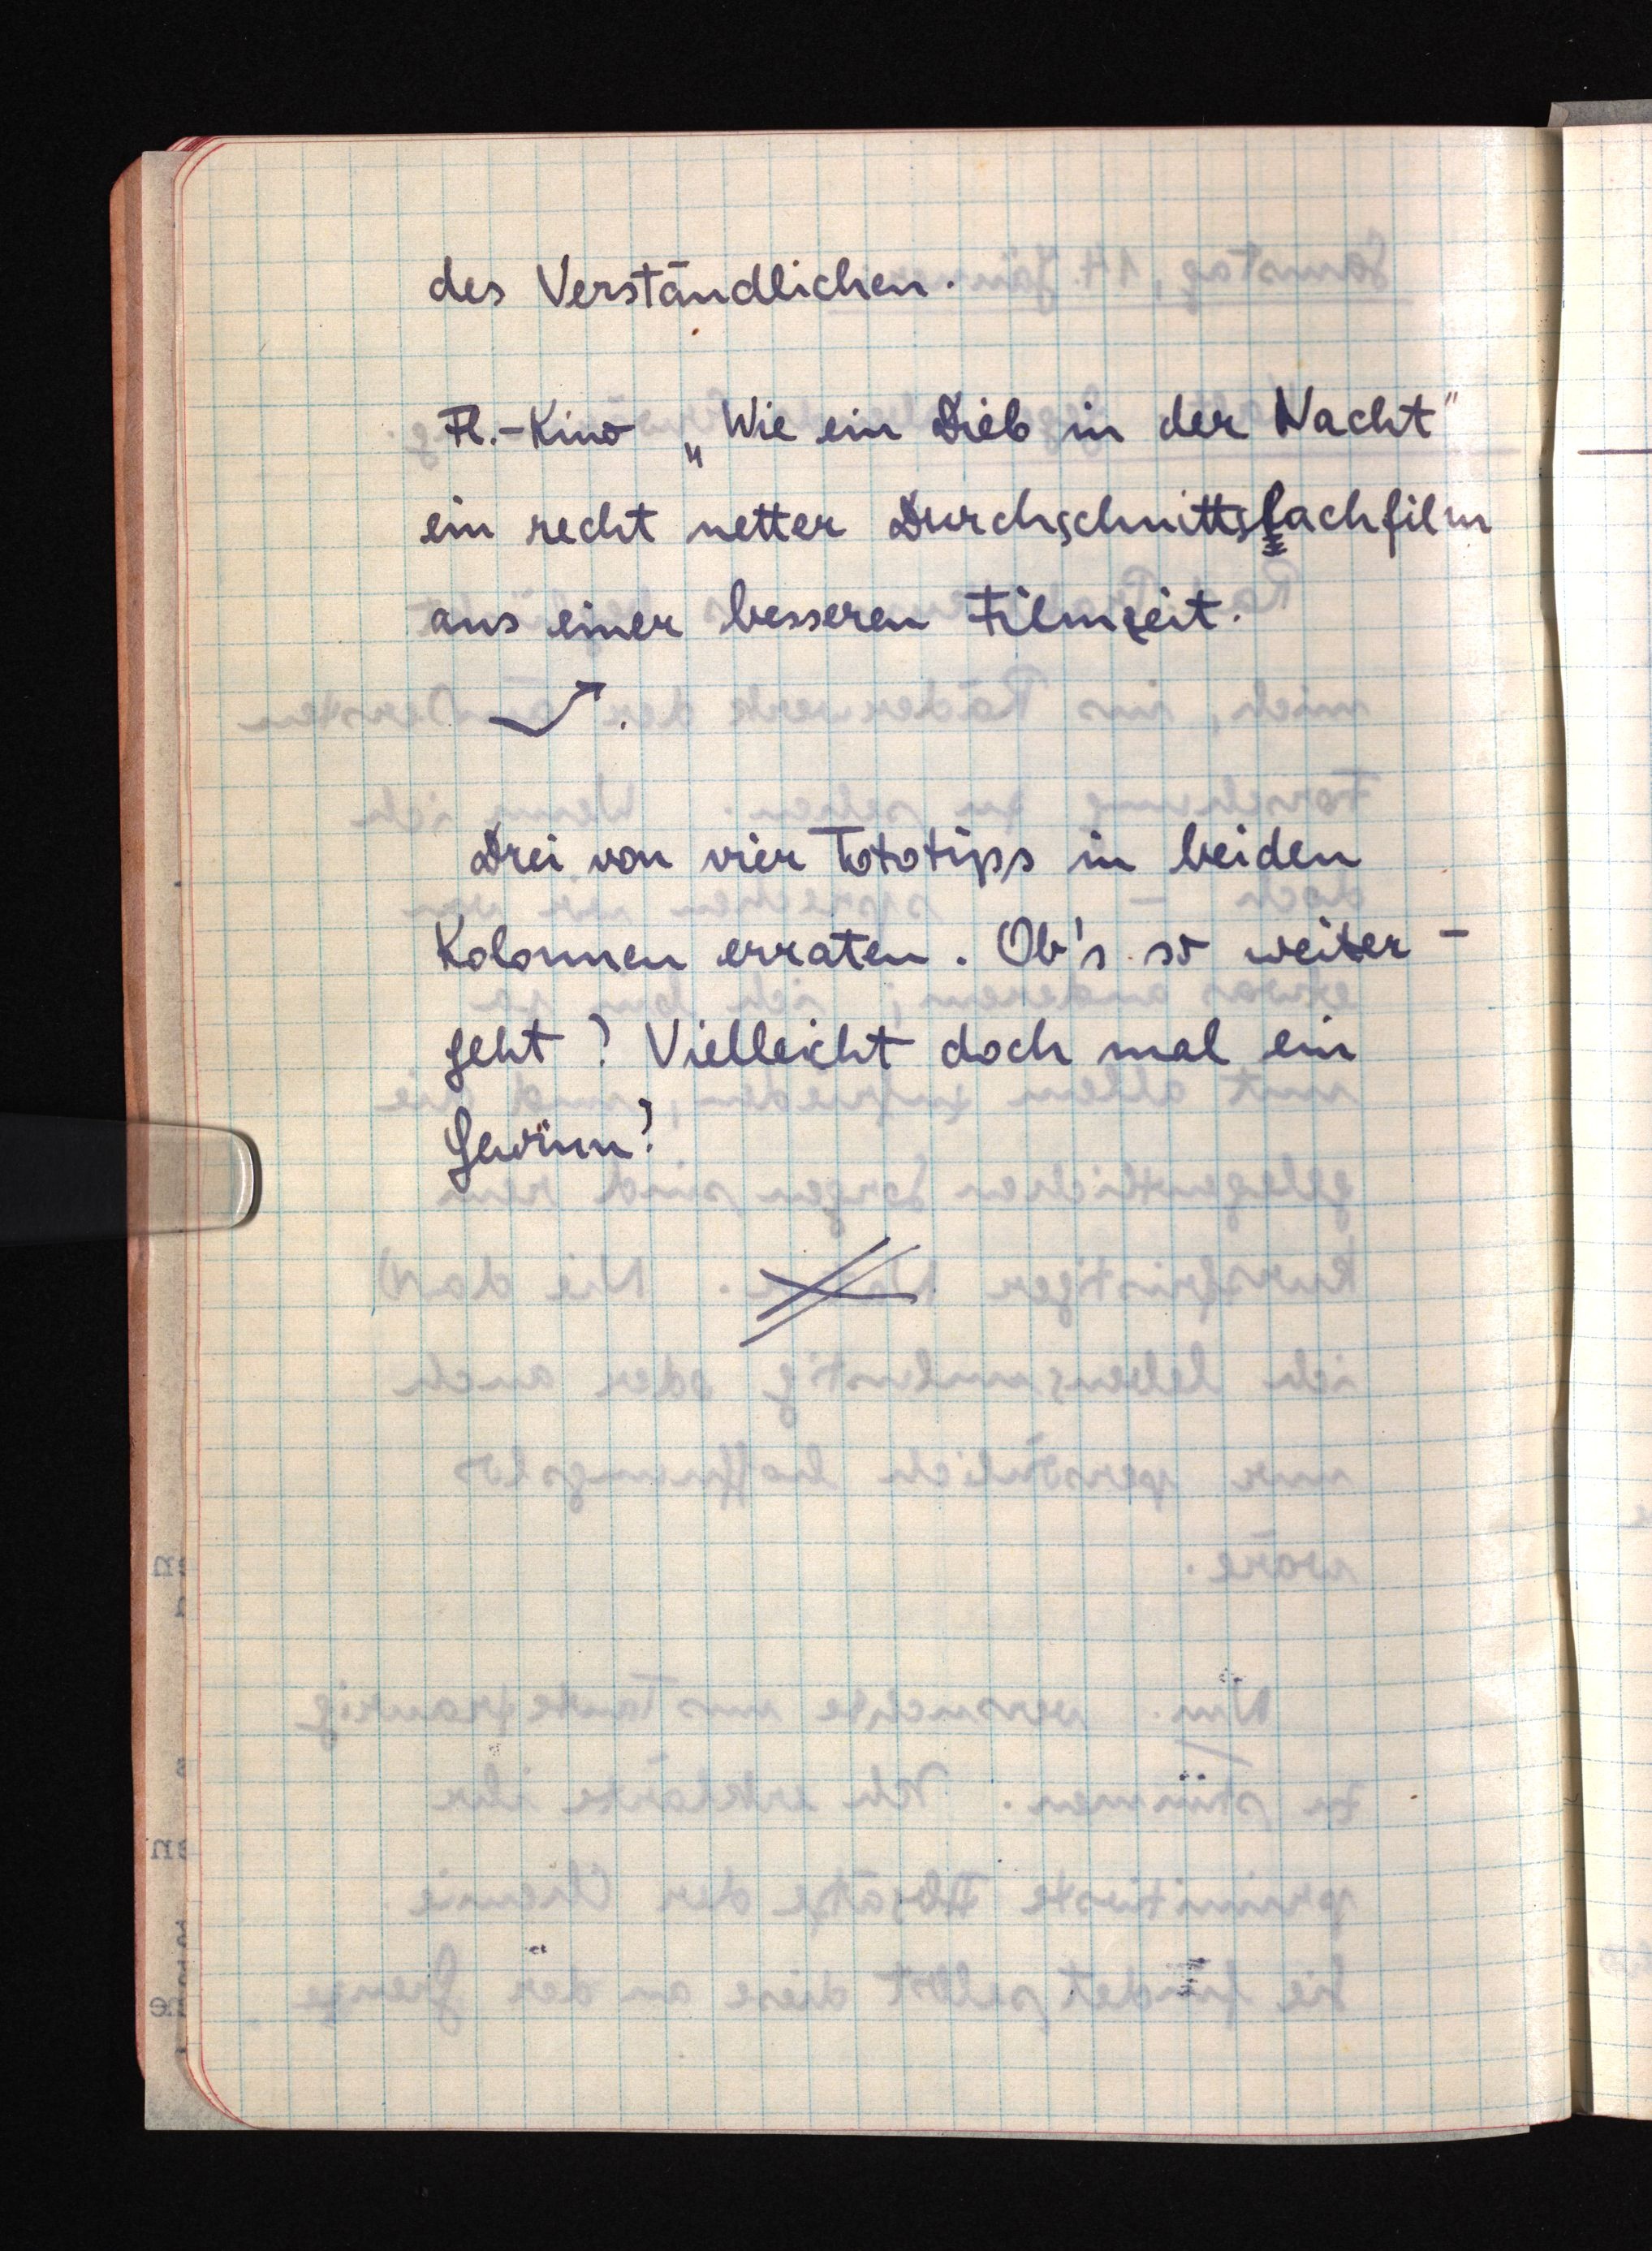
des Verständlichen.
Fl.-Kino "Wie ein Dieb in der Nacht"
ein recht netter Durchschnittsflachfilm
aus einer besseren Filmzeit.
Drei von vier Tototips in beiden
Kolonnen erraten. Ob's so weiter
geht? Vielleicht doch mal ein
Gewinn?